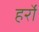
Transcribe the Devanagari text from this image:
हर्रो